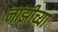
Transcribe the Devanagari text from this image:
नाझीच्या